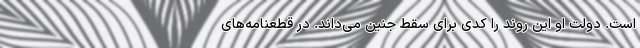
است. دولت او این روند را کدی برای سقط جنین می‌داند. در قطعنامه‌های